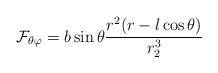
\begin{align*}{\cal F}_{\theta\varphi} = b\sin\theta{r^2(r-l\cos\theta)\over r_2^3}\end{align*}